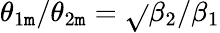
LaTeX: \theta_{1\mathtt{m}}/\theta_{2\mathtt{m}}=\sqrt{}{{\beta_{2}/\beta_{1}}}